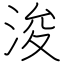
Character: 浚